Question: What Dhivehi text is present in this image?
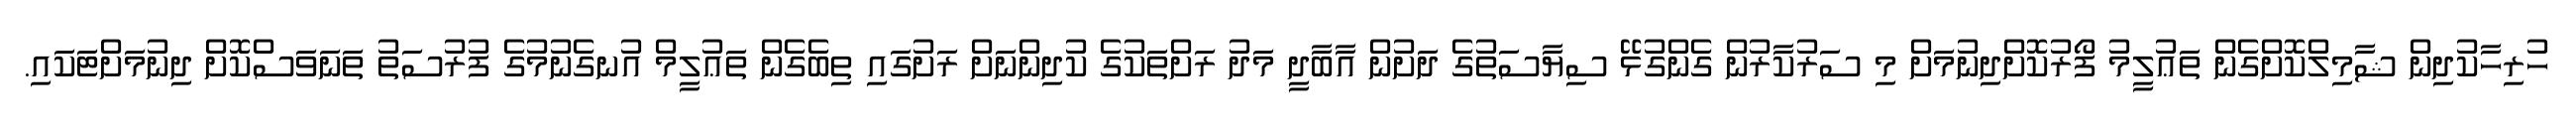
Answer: ހުރިހާކުދިން ޝާމިލްކޮށްގެން ތަޢުލީމު ފޯރުކޮށްދިނުމަށް މި ސަރުކާރުން ގެންގުޅޭ ސިޔާސަތުގެ ދަށުން އާބާދީ މަދު ރަށްތަކުގެ ކުދިންނަށް ރަށުގައި ތިބެގެން ތަޢުލީމް އުނގެނުމުގެ ފުރުސަތު ތަނަވަސްކޮށް ދިނުމަށްޓަކައި.